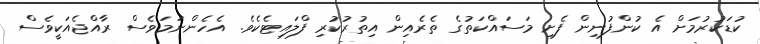
ކުޑަކުރުމަށް އެ ކުންފުނިން ފެށި މަސައްކަތުގެ ތެރެއިން އިތުރުކުރި ފްލައިޓެކެވެ. އެހެންނަމަވެސް ރާއްޖެއަކީވެސް